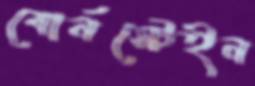
বোর্নস্টেইন